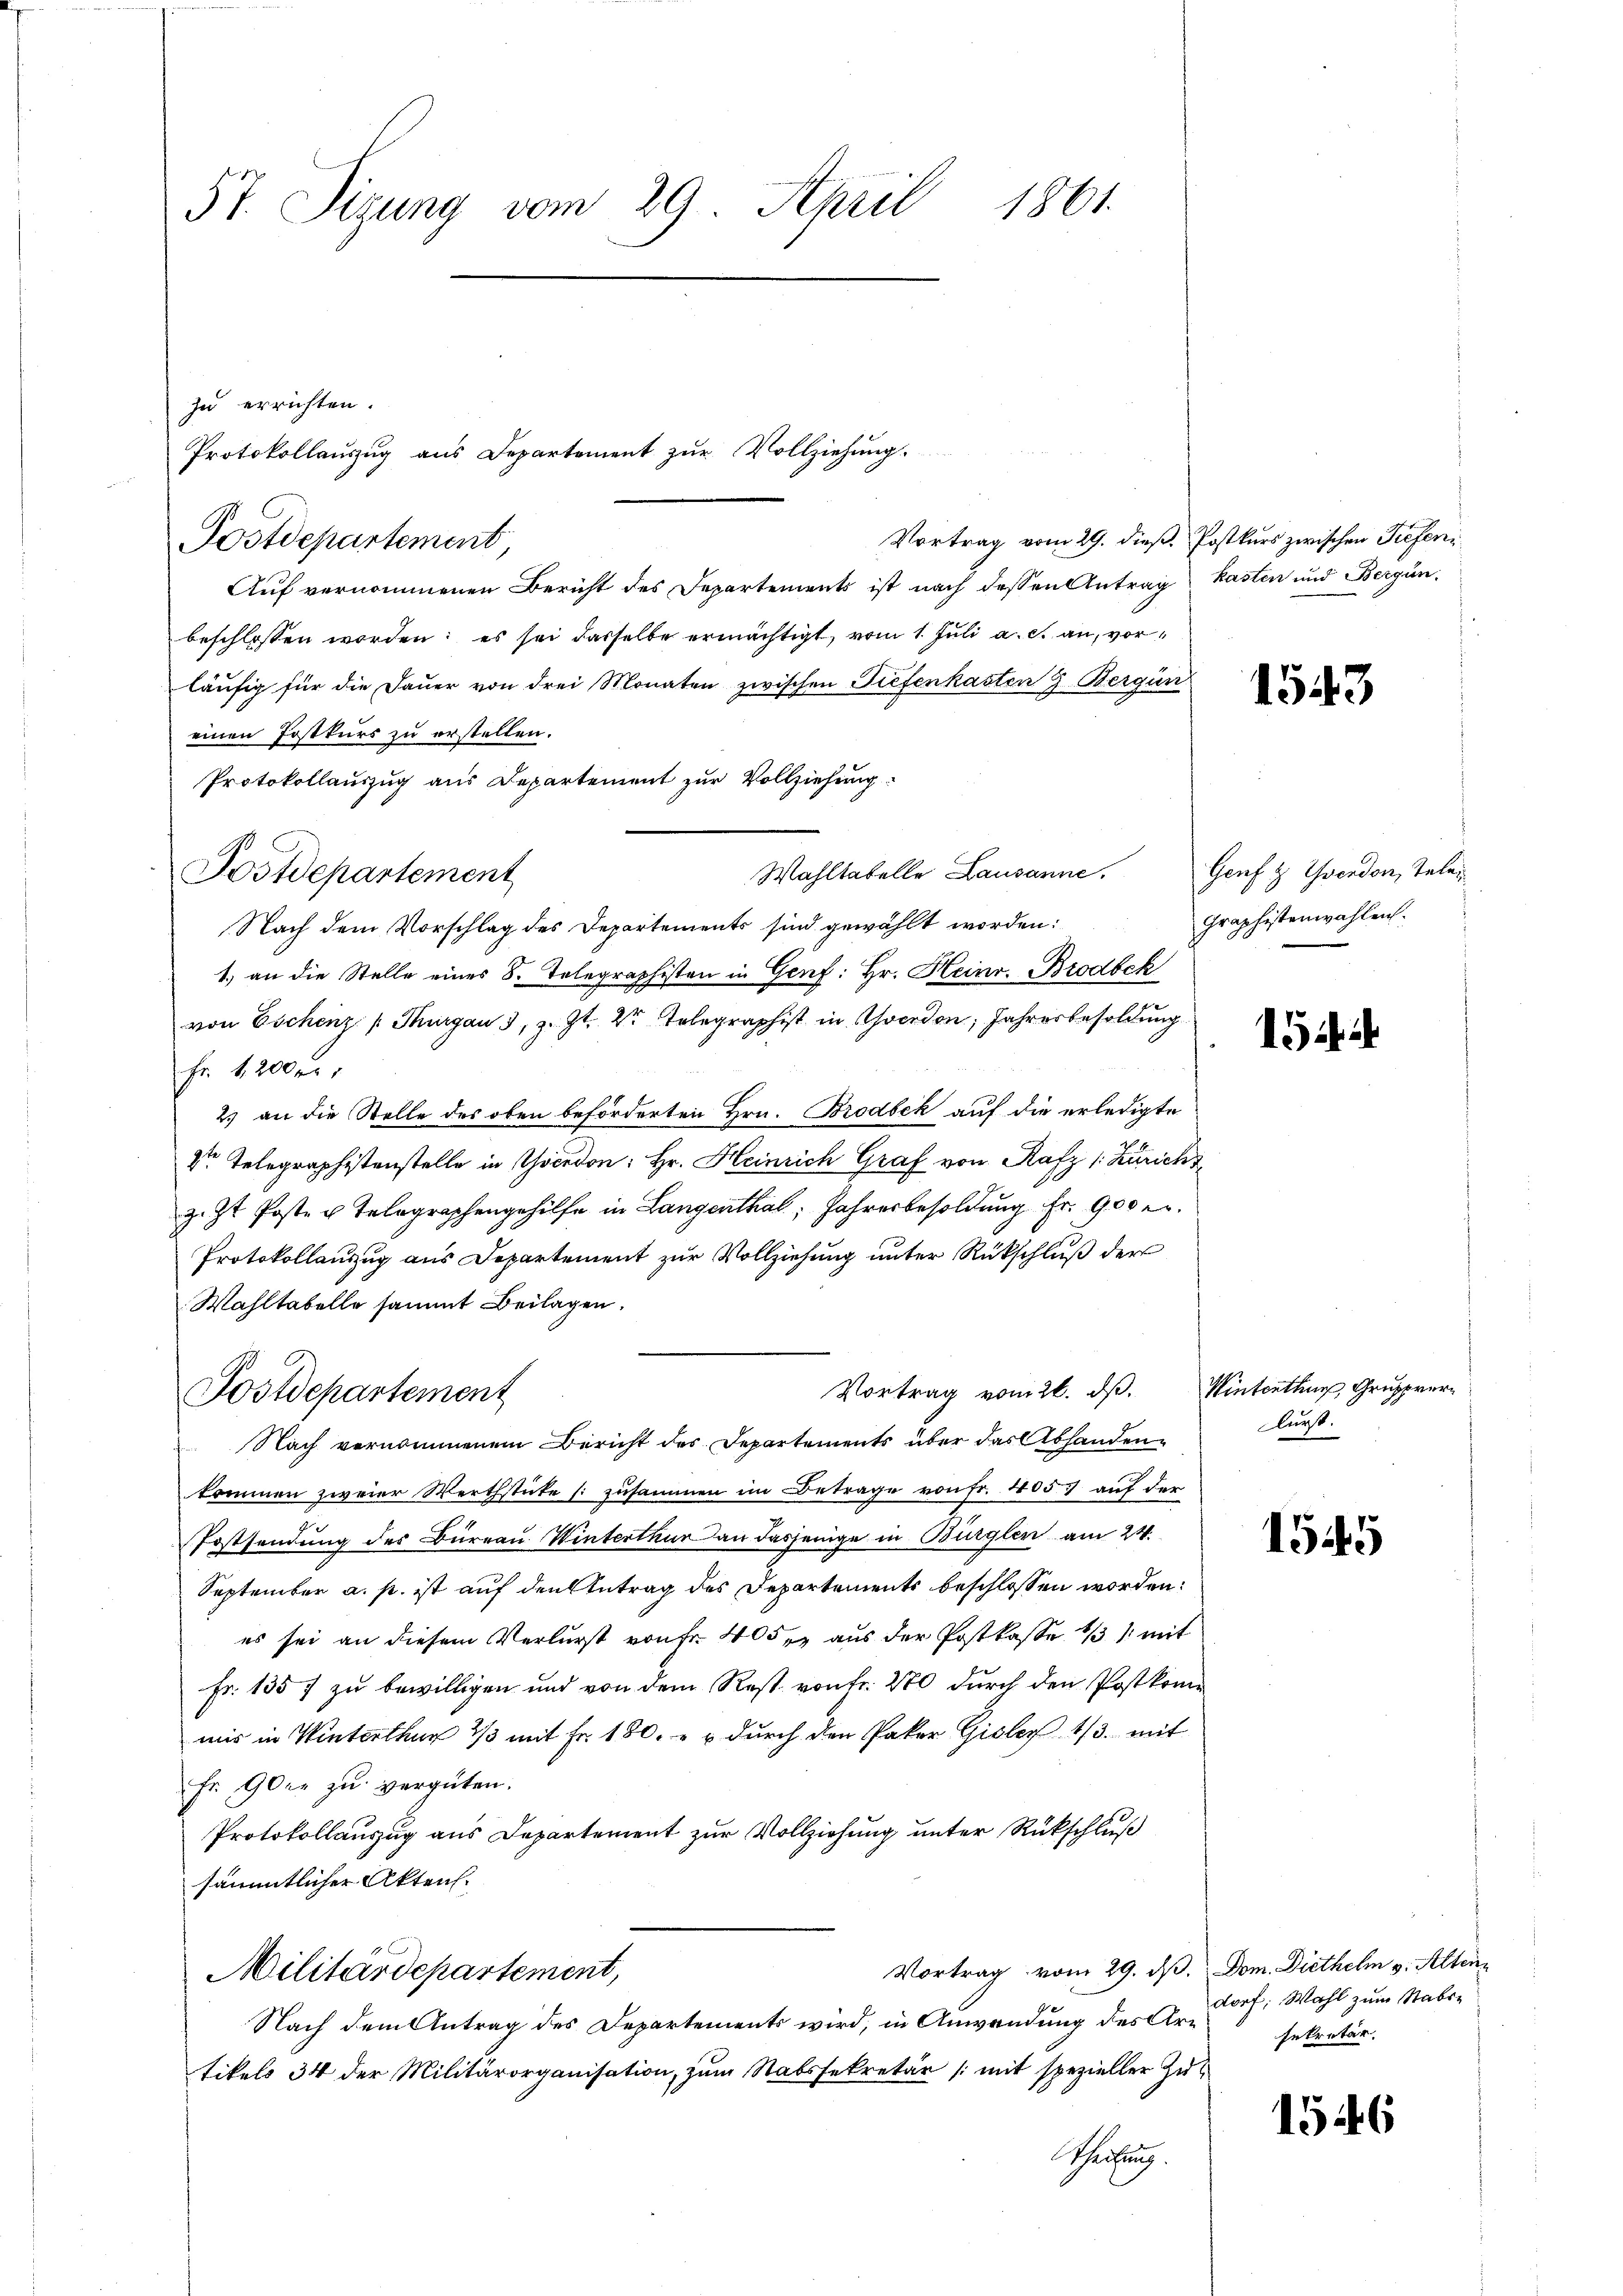
57. Sizung vom 29. April 1861.

zu errichten.
Vortrag vom 29. dieß. Postkurs zwischen Tieferin
Postdepartement
Auf vernommenen Bericht des Departements ist nach dessen Antrag kasten und Bergün-
beschlossen worden; es sei dasselbe ermächtigt, vom 1. Juli a. c. an, vorläŭfig für die Daŭer von drei Monaten zwischen Tiefenkasten 9. Bergün
einen Postkurs zu erstellen.
Protokollauszug aus Departement zur Vollziehung
Wahltatelle Lausanne.
Nach dem Vorschlag des Departements sind gewählt worden:
1.) an die Stelle eines S. Telegraphisten in Genf: Hr. Heinr. Brodbek
von Eschenz Thurgau 3, z. Zt. 2 Telegraphist in Yverdon; Jahresbesoldung
Fr. 1200 fr.
2.) an die Stelle des oben beförderten Hrn. Brodbek auf die erledigte
Dr Telegraphistenstelle in Yverdon: Hr. Heinrich Graf von Rafz (Züricht
z. Zt. Poste u. Telegraphengehilfe in Langenthal, Jahresbesoldung Fr. 900 e
Protokollauszug aus Departement zur Vollziehung unter Rückschluß der
Wahltabelle sammt Beilagen.
Vortrag vom 21. dß.
Postdepartement
Nach vernommenem Bericht des Departements über das Abhandenkommen zweier Werthstücke (: zusammen im Betrage von Fr. 405 auf der
Postsendung des Büreau Winterthur an dasjenige in Bürglen am 24.
September a. p. ist auf den Antrag des Departements beschlossen worden:
es sei an diesem Verlurst von Fr. 405, aus der Postkasse 13, mit
Fr. 135 f zu bewilligen und von dem Rest von Fr. 270 durch den Postkome
mis in Winterthur 1/3 mit Fr. 180. „  durch den Paker Gisler 1/3. mit
Fr. 90er zu vergüten.
Protokollanzug aus Departement zur Vollziehung unter Rückschluß
sämmtlicher Akten.
Vortrag vom 29. dβ. Dom. Diethelm v. Alten
Militärdepartement,
Nach dem Antrag des Departements wird, in Anwendung des Artikels 34 der Militärorganisation zŭm Stabssekretär (mit spezieller Zŭt
Seihung.

Postdepartement

Protokollauszug aus Departement zur Vollziehung.

1543

Genf & Yverdon, Telen
graphistenwahlen.

15

Winterthur, Grupperlurst.

1545

dorf; Wahl zum Stabssekretär.

1546